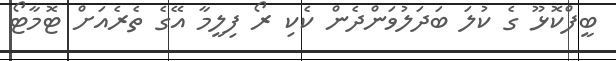
ބީފްކޮޅޫ ގެ ކުލަ ބަދަލުވަންދެން ކެކި ރޯ ފިލީމާ އޭގެ ތެރެއަށް ޓޮމާޓޯ